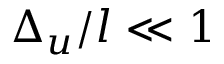
\Delta _ { u } / l \ll 1